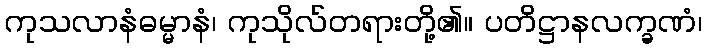
ကုသလာနံဓမ္မာနံ၊ ကုသိုလ်တရားတို့၏။ ပတိဋ္ဌာနလက္ခဏံ၊